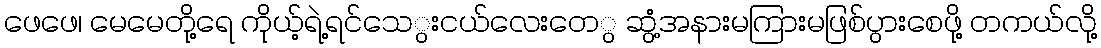
ဖေဖေ၊ မေမေတို့ရေ ကိုယ့်ရဲ့ရင်သေွးငယ်လေးတေွ ဆွံ့အနားမကြားမဖြစ်ပွားစေဖို့ တကယ်လို့